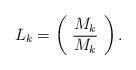
LaTeX: \begin{align*}L_k = \left(\begin{array}{c}M_k\\\overline{M_k}\\ \end{array}\right).\end{align*}